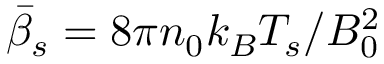
\bar { \beta } _ { s } = 8 \pi n _ { 0 } k _ { B } T _ { s } / B _ { 0 } ^ { 2 }